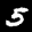
Label: 5